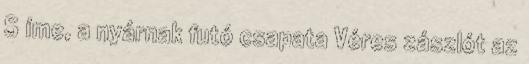
S íme, a nyárnak futó csapata Véres zászlót az